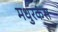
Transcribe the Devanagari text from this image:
मधुरकंस